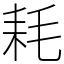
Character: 耗